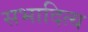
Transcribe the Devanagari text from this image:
सभादित्य